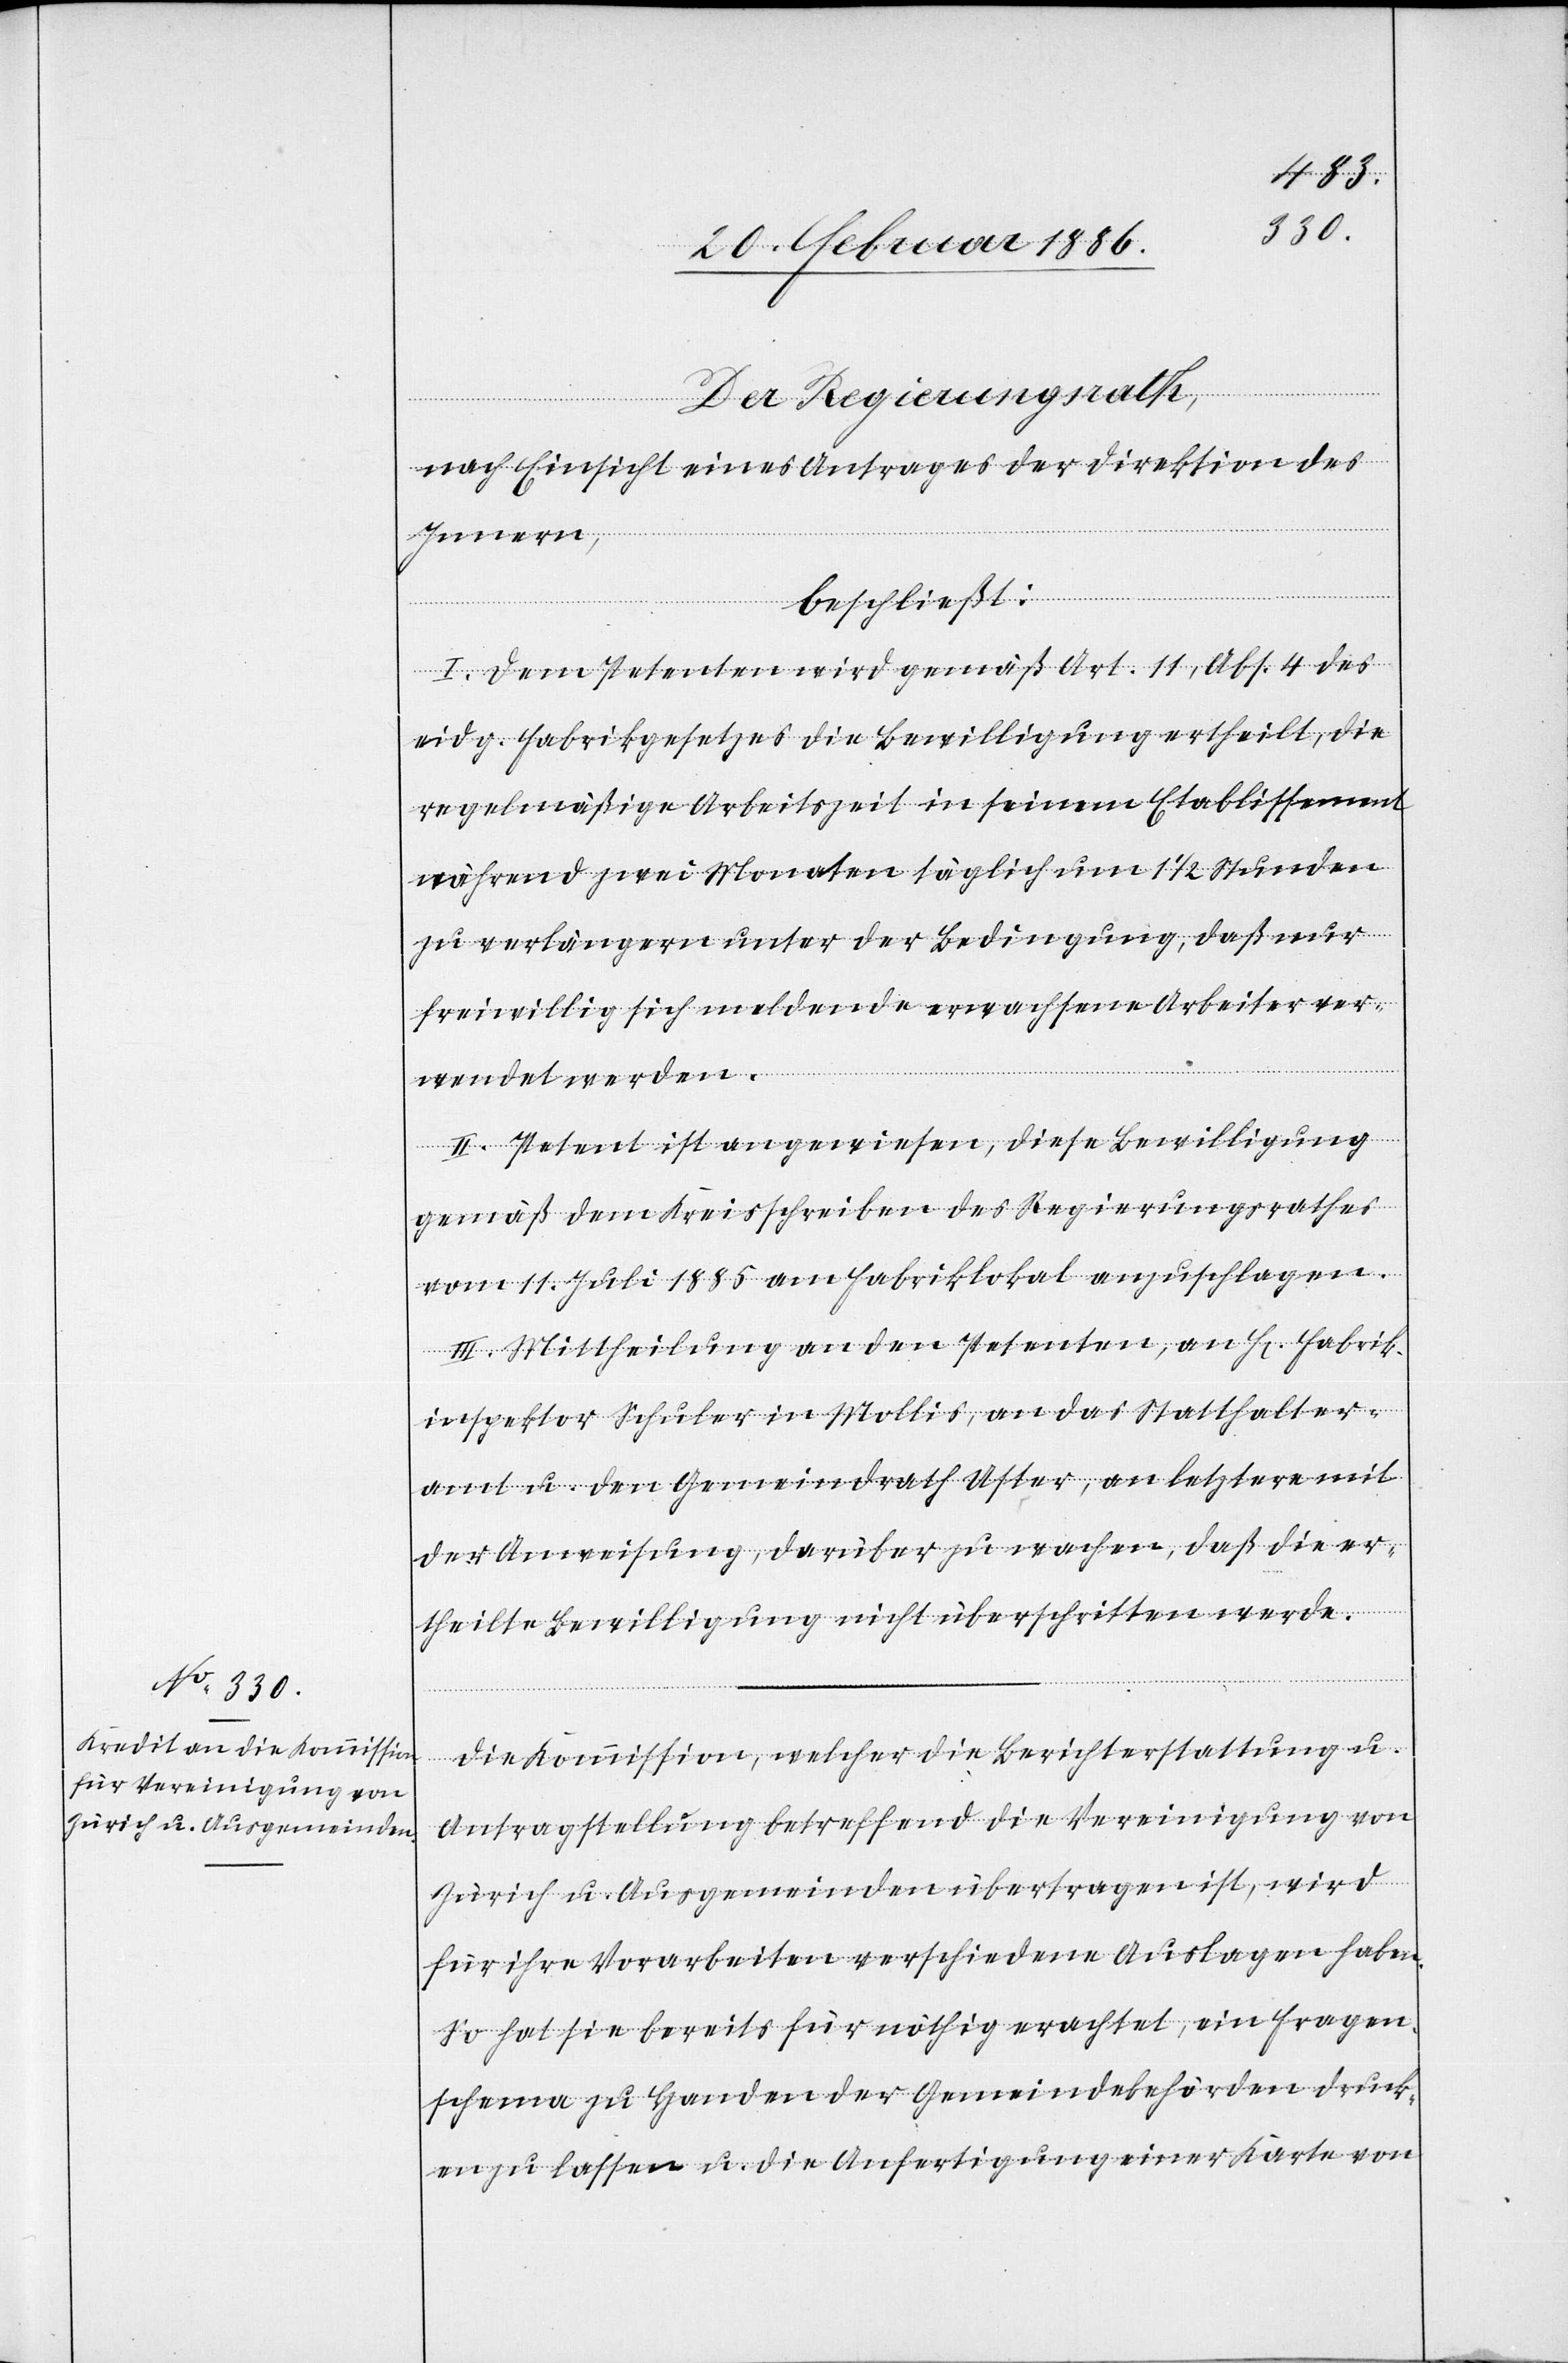
Der Regierungsrath,
nach Einsicht eines Antrages der Direktion des
Innern,
beschließt:
I. Dem Petenten wird gemäß Art. 11, Abs. 4 des
eidg. Fabrikgesetzes die Bewilligung ertheilt, die
regelmäßige Arbeitszeit in seinem Etablissement
während zwei Monaten täglich um 1 1/2 Stunden
zu verlängern unter der Bedingung, daß nur
freiwillig sich meldende erwachsene Arbeiter ver¬
wendet werden.
II. Petent ist angewiesen, diese Bewilligung
gemäß dem Kreisschreiben des Regierungsrathes
vom 11. Juli 1885 am Fabriklokal anzuschlagen.
III. Mittheilung an den Petenten, an H[errn] Fabrik¬
inspektor Schuler in Mollis, an das Statthalter¬
amt u. den Gemeindrath Uster, an letztere mit
der Anweisung, darüber zu wachen, daß die er¬
theilte Bewilligung nicht überschritten werde.
Die Kommission, welcher die Berichterstattung u.
Antragstellung betreffend die Vereinigung von
Zürich u. Ausgemeinden übertragen ist, wird
für ihre Vorarbeiten verschiedene Auslagen haben.
So hat sie es bereits für nöthig erachtet, ein Frage¬
schema zu Handen der Gemeindebehörden druck¬
en zu lassen u. die Ausfertigung einer Karte von